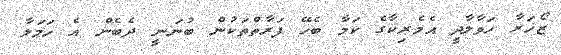
ޒޯޚަރާ ހަވާލާދީ އެމެރިކާގެ ކަމާ ބެހޭ ފަރާތްތަކުން ބުނަނީ ދެބެން އެ ހަމަލާ